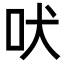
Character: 吠